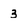
Character: 3